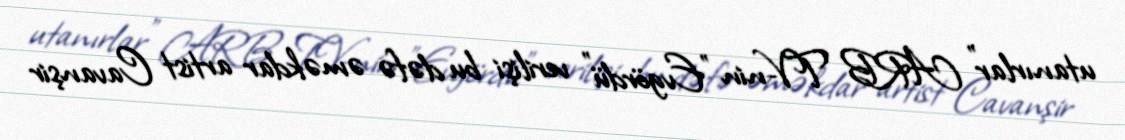
utanırlar" ARB TV-nin "Evgördü" verilişi bu dəfə əməkdar artist Cavanşir